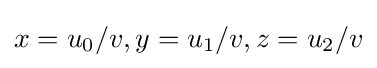
x=u_{0}/v,y=u_{1}/v,z=u_{2}/v